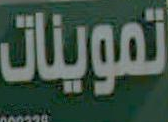
تموينات